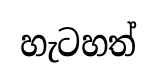
හැටහත්